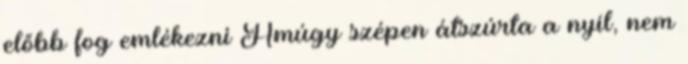
előbb fog emlékezni Amúgy szépen átszúrta a nyíl, nem